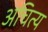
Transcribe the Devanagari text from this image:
अचित्य